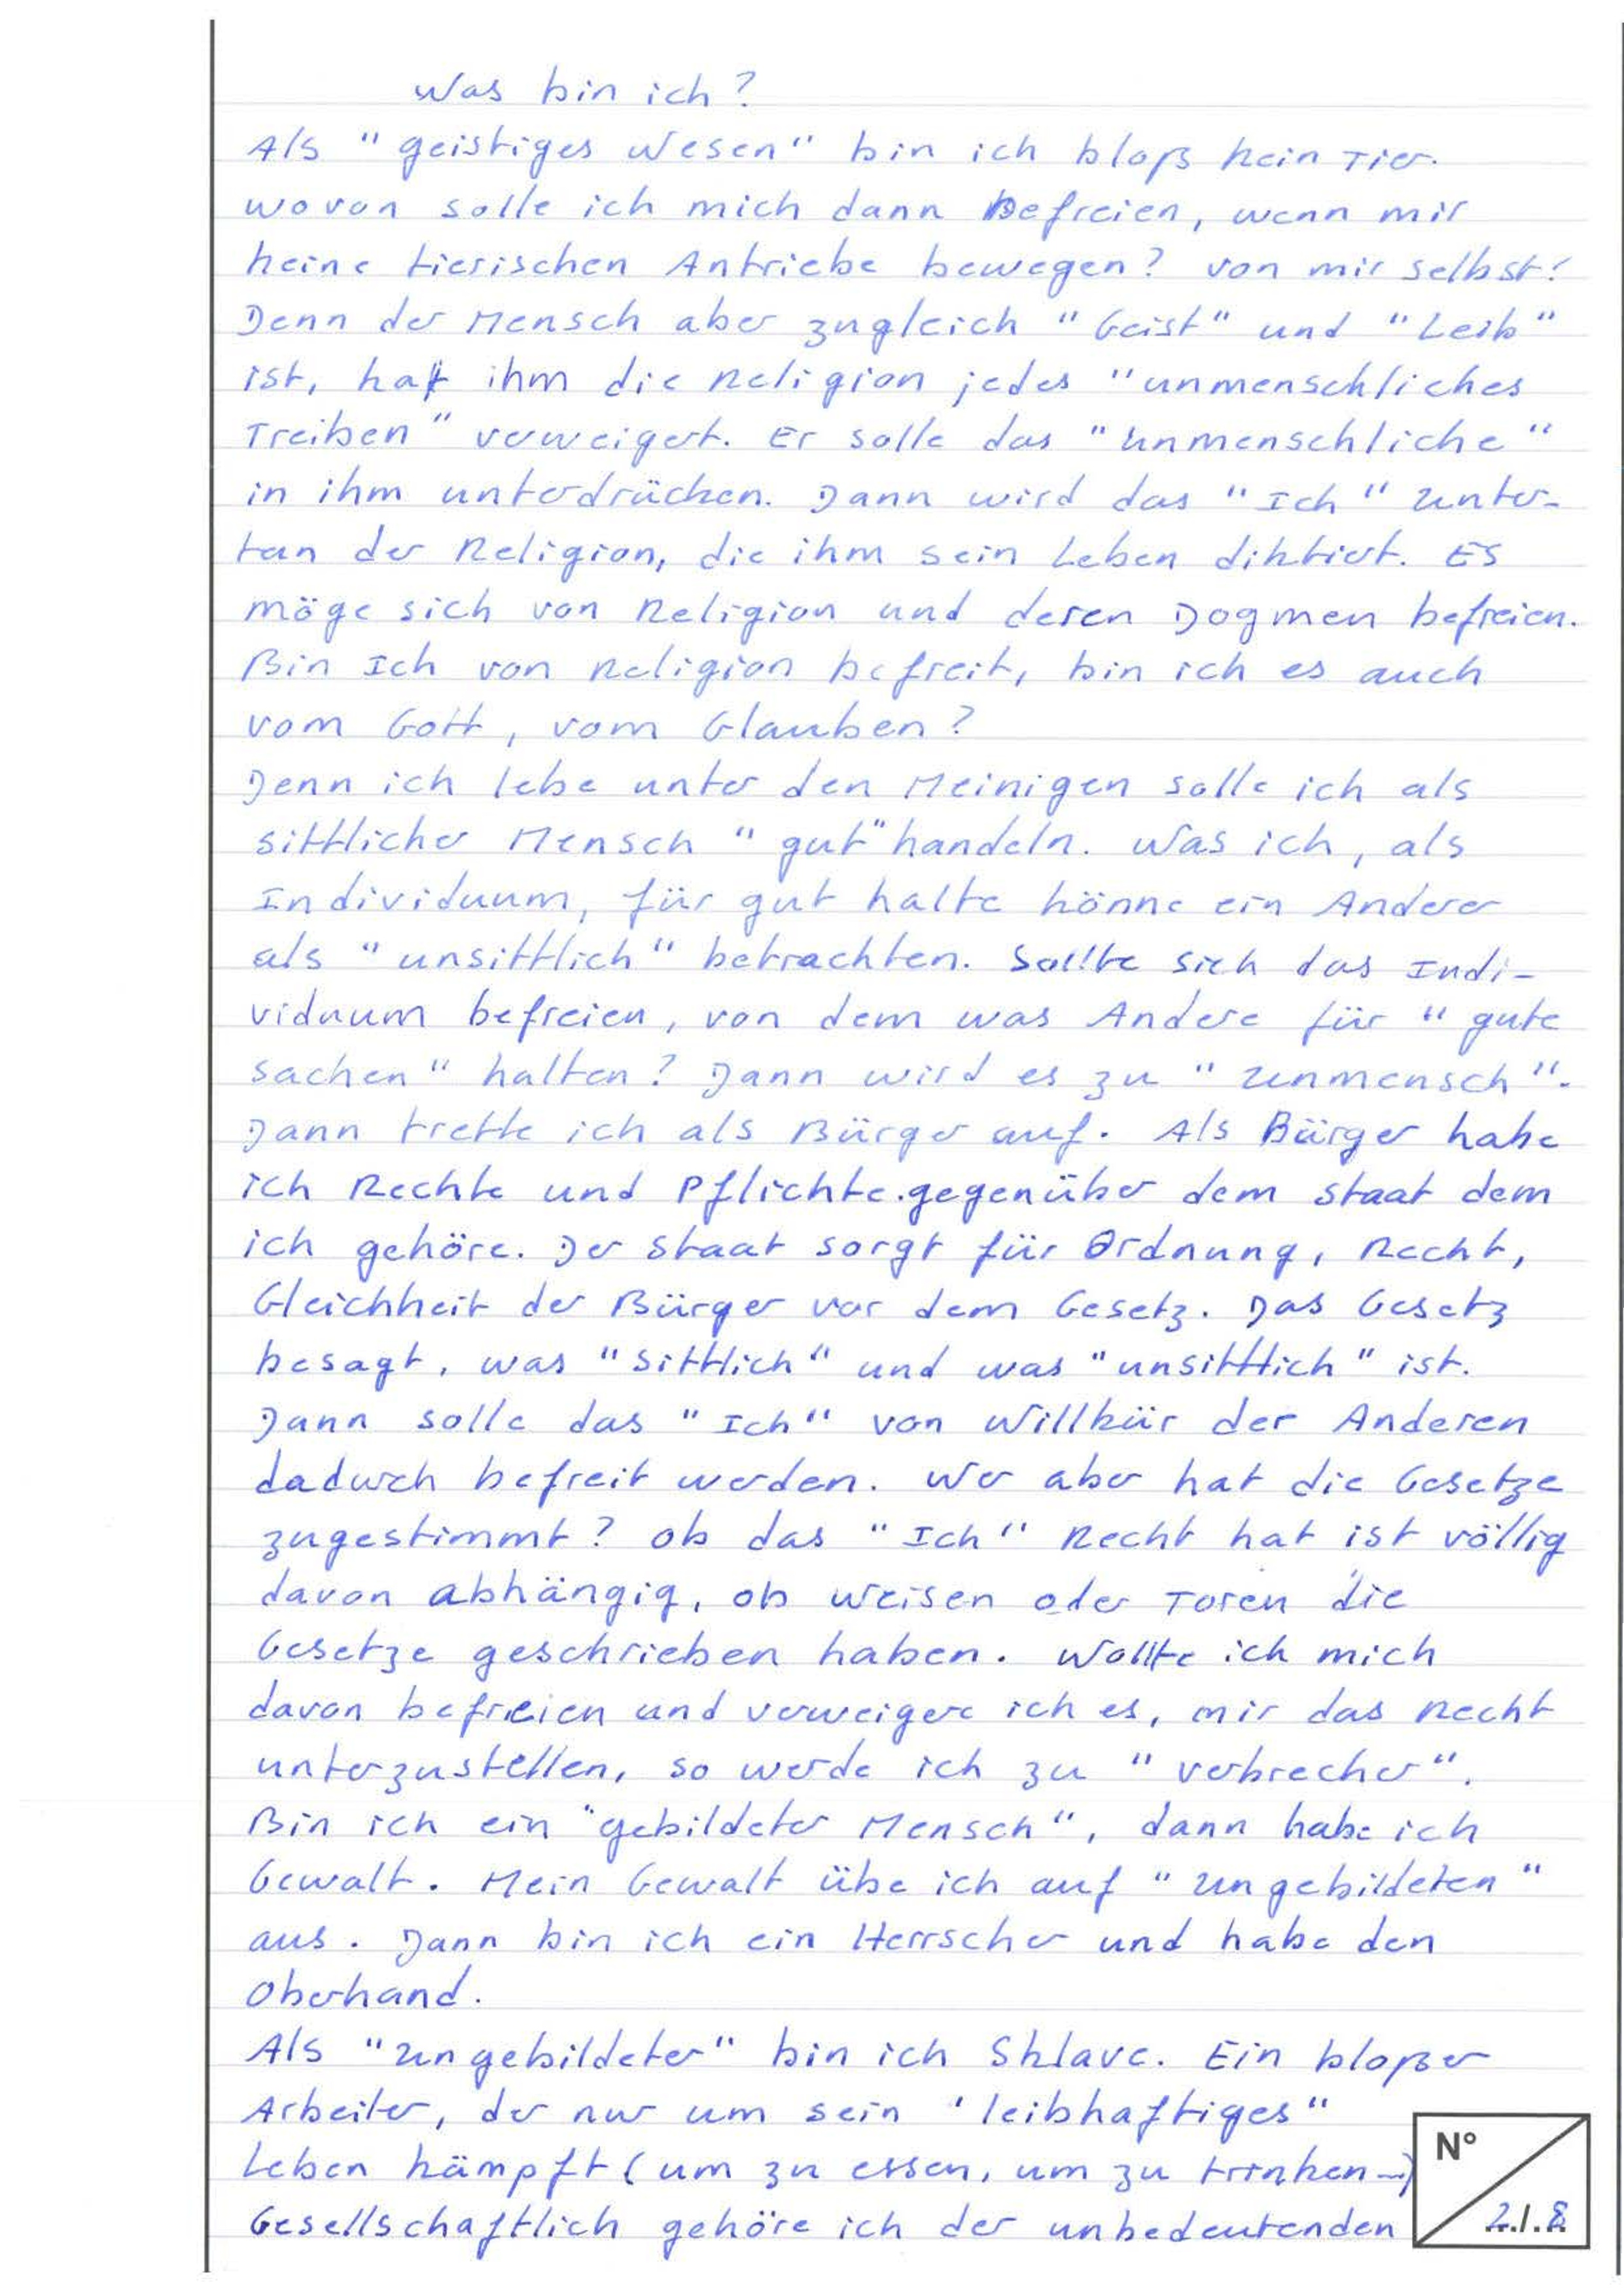
Was bin ich?
Als "geistiges Wesen" bin ich bloß kein Tier.
Wovon solle ich mich dann befreien, wenn mir
keine tierischen Antriebe bewegen? Von mir selbst?
Denn der Mensch aber zugleich "Geist" und "Leib"
ist, hat ihm die Religion jedes "unmenschliches
Treiben" verweigert. Er solle das "Unmenschliche"
in ihm unterdrücken. Dann wird das "Ich" Unter-
tan der Religion, die ihm sein Leben diktiert. Es
möge sich von Religion und deren Dogmen befreien.
Bin Ich von Religion befreit, bin ich es auch
vom Gott, vom Glauben?
Denn ich lebe unter den Meinigen solle ich als
sittlicher Mensch "gut" handeln. Was ich, als
Individuum, für gut halte könne ein Anderer
als "unsittlich" betrachten. Sollte sich das Indi-
viduum befreien, von dem was Andere für "gute
Sachen" halten? Dann wird es zu "Unmensch".
Dann trette ich als Bürger auf. Als Bürger habe
ich Rechte und Pflichte gegenüber dem Staat dem
ich gehöre. Der Staat sorgt für Ordnung, Recht,
Gleichheit der Bürger vor dem Gesetz. Das Gesetz
besagt, was "sittlich" und was "unsittlich" ist.
Dann solle das "Ich" von Willkür der Anderen
dadurch befreit werden. Wer aber hat die Gesetze
zugestimmt? Ob das "Ich" Recht hat ist völlig
davon abhängig, ob Weisen oder Toren die
Gesetze geschrieben haben. Wollte ich mich
davon befreien und verweigere ich es, mir das Recht
unterzustellen, so werde ich zu "Verbrecher".
Bin ich ein "gebildeter Mensch", dann habe ich
Gewalt. Mein Gewalt übe ich auf "Ungebildeten"
aus. Dann bin ich ein Herrscher und habe den
Oberhand.
Als "Ungebildeter" bin ich Sklave. Ein bloßer
Arbeiter, der nur um sein "leibhaftiges"
No
Leben kämpft (um zu essen, um zu trinken ...)
2/8
Gesellschaftlich gehöre ich der unbedeutenden